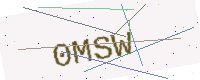
Text: 0MSW